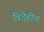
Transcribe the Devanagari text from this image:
विदेहीच